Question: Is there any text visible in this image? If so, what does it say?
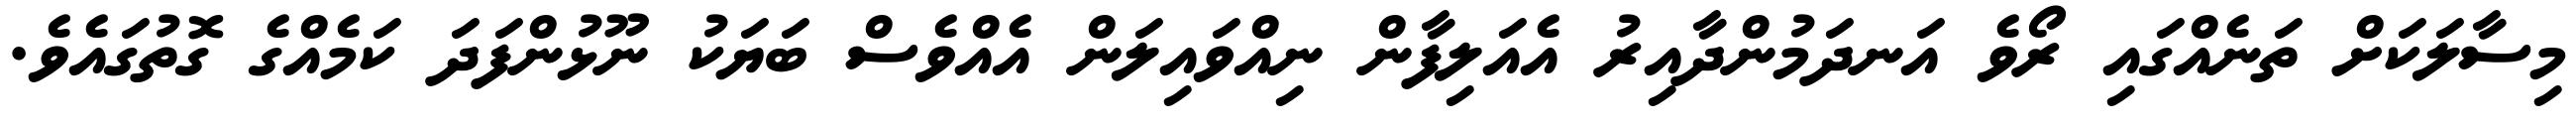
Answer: މިސާލަކަށް ތަނެއްގައި ރޯވެ އަނދަމުންދާއިރު އެއަލިފާން ނިއްވައިލަން އެއްވެސް ބަޔަކު ނޫޅުންފަދަ ކަމެއްގެ ގޮތުގައެވެ.